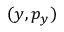
( y , p _ { y } )